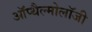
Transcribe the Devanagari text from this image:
ऑप्थैल्मोलॉजी